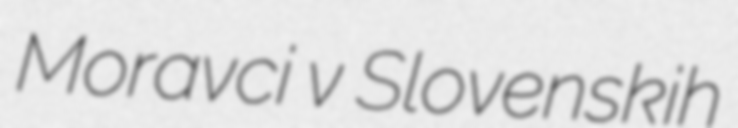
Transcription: Moravci v Slovenskih